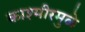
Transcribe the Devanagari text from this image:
काश्मीरमुळे